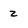
Character: 2